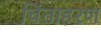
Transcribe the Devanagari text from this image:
चिंताहरण